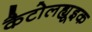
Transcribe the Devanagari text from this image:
कैटोलह्यूइक